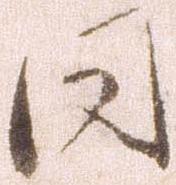
同